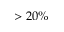
> 2 0 \%